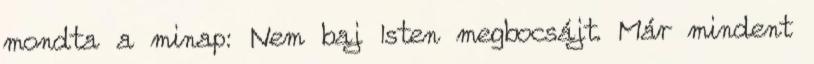
mondta a minap: Nem baj Isten megbocsájt. Már mindent